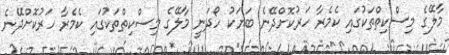
މާލޭގެ މިސްކިތްތަކުގައި ކެމެރާ ހަރުކޮށްދޭނެ ބަޔަކު ހޯދަނީ މާލޭގެ މިސްކިތްތަކުގައި ކެމެރާ ހަރުކޮށްދޭނެ